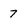
Character: 7